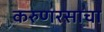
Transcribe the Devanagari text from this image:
करुणरसाचा